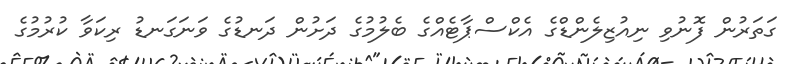
ގަތަރުން ފޮނުވި ނިއުޒިލެންޑްގެ އެކްސްޕާޓެއްގެ ބެލުމުގެ ދަށުން ދަނޑުގެ ވަނަގަނޑު ރިކަވާ ކުރުމުގެ